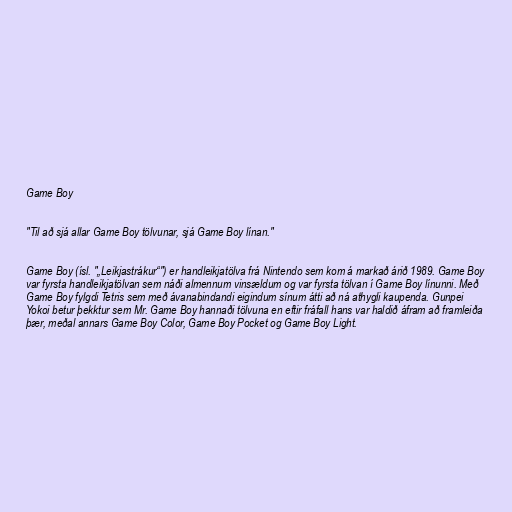
Game Boy

"Til að sjá allar Game Boy tölvunar, sjá Game Boy línan."

Game Boy (ísl. "„Leikjastrákur“") er handleikjatölva frá Nintendo sem kom á markað árið 1989. Game Boy
var fyrsta handleikjatölvan sem náði almennum vinsældum og var fyrsta tölvan í Game Boy línunni. Með
Game Boy fylgdi Tetris sem með ávanabindandi eigindum sínum átti að ná athygli kaupenda. Gunpei
Yokoi betur þekktur sem Mr. Game Boy hannaði tölvuna en eftir fráfall hans var haldið áfram að framleiða
þær, meðal annars Game Boy Color, Game Boy Pocket og Game Boy Light.